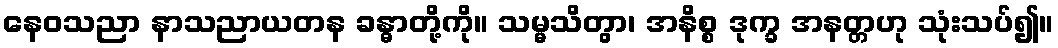
နေဝသညာ နာသညာယတန ခန္ဓာတို့ကို။ သမ္မသိတွာ၊ အနိစ္စ ဒုက္ခ အနတ္တဟု သုံးသပ်၍။